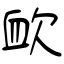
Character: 欰